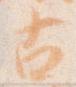
古